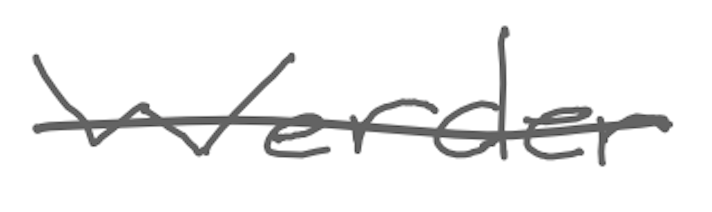
Text: Werder
Cross-out: single-line
Writing tool: digital_gray